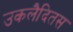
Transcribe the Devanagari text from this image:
उकलैदितस